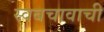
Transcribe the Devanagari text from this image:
स्वबचावाची